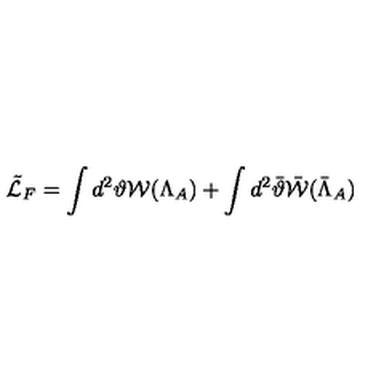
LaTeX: \tilde { \cal L } _ { F } = \int d ^ { 2 } { \vartheta } { \cal W } ( \Lambda _ { A } ) + \int d ^ { 2 } \bar { { \vartheta } } \bar { { \cal W } } ( \bar { \Lambda } _ { A } )